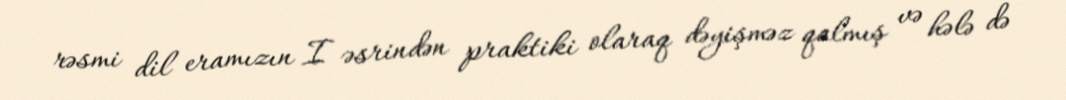
rəsmi dil eramızın I əsrindən praktiki olaraq dəyişməz qalmış və hələ də